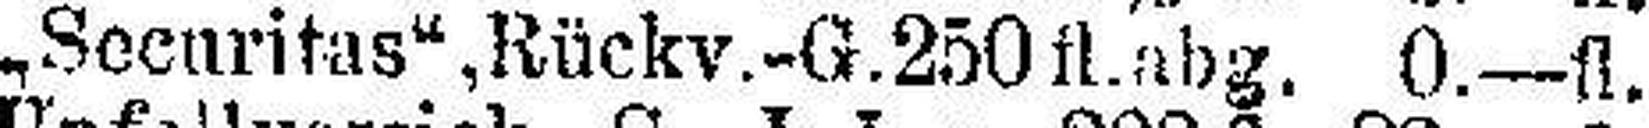
„Securitas“, Rückv.-G.250fl.abg. 0.—fI.